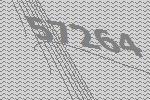
57264